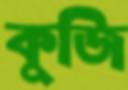
কুজি